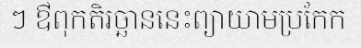
ៗ ឳពុកតិរច្ឆាននេះព្យាយាមប្រកែក